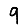
Digit: 9